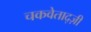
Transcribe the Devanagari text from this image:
चकवेताद्ज़ी